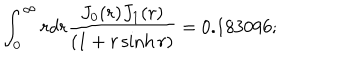
LaTeX: \int _ { 0 } ^ { \infty } r d r \frac { J _ { 0 } ( r ) J _ { 1 } ( r ) } { \left( 1 + r \sinh r \right) } = 0 . 1 8 3 0 9 6 ;